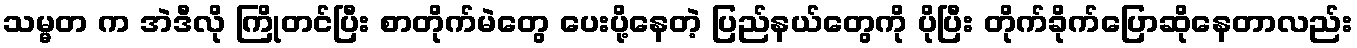
သမ္မတ က အဲဒီလို ကြိုတင်ပြီး စာတိုက်မဲတွေ ပေးပို့နေတဲ့ ပြည်နယ်တွေကို ပိုပြီး တိုက်ခိုက်ပြောဆိုနေတာလည်း